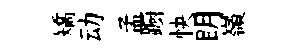
矯动孟蹰快眀嶺